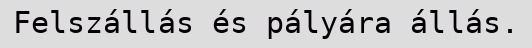
Felszállás és pályára állás.